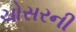
ચોસરની